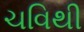
ચવિથી